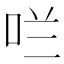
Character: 𫩪